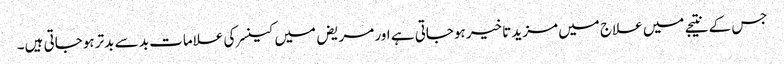
جس کے نتیجے میں علاج میں مزید تاخیر ہوجاتی ہے اور مریض میں کینسر کی علامات بد سے بدتر ہوجاتی ہیں۔